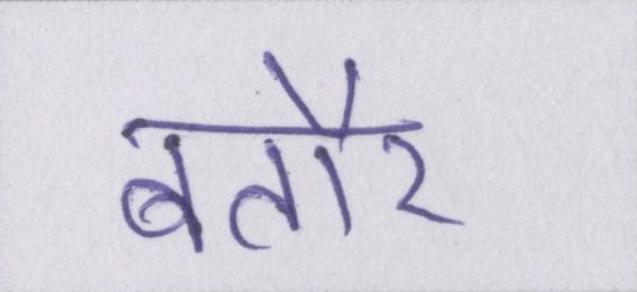
बतौर